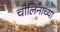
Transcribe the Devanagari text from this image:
चीलिनाच्या